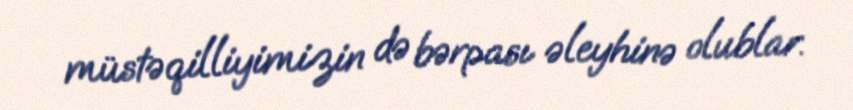
müstəqilliyimizin də bərpası əleyhinə olublar.